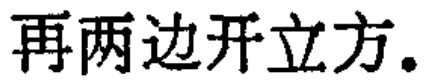
再两边开立方。